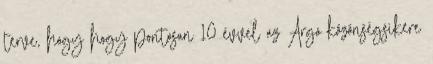
terve, hogy hogy pontosan 10 évvel az Argo közönségsikere